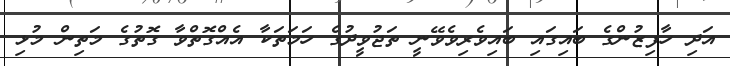
އަދި ހާފިޒުންގެ ބައިގައި ބައިވެރިވެވޭނީ ތަޖުވީދުގެ ހަމަތަކާ އެއްގޮތްވާ ގޮތުގެ މަތިން މުޅި